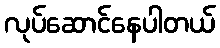
လုပ်ဆောင်နေပါတယ်